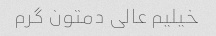
خیلیم عالی دمتون گرم